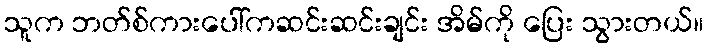
သူက ဘတ်စ်ကားပေါ်ကဆင်းဆင်းချင်း အိမ်ကို ပြေး သွားတယ်။